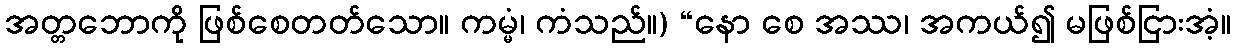
အတ္တဘောကို ဖြစ်စေတတ်သော။ ကမ္မံ၊ ကံသည်။) “နော စေ အဿ၊ အကယ်၍ မဖြစ်ငြားအံ့။